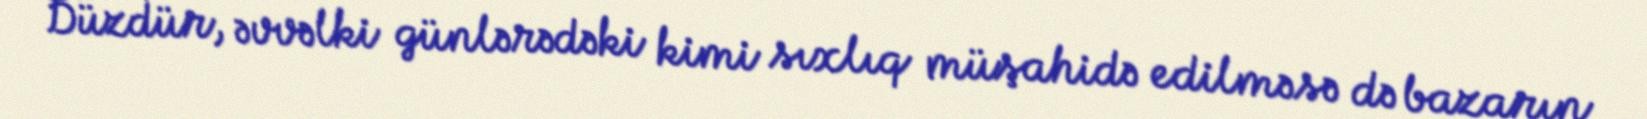
Düzdür, əvvəlki günlərədəki kimi sıxlıq müşahidə edilməsə də bazarın